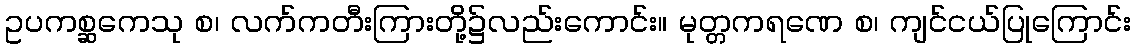
ဥပကစ္ဆကေသု စ၊ လက်ကတီးကြားတို့၌လည်းကောင်း။ မုတ္တကရဏေ စ၊ ကျင်ငယ်ပြုကြောင်း